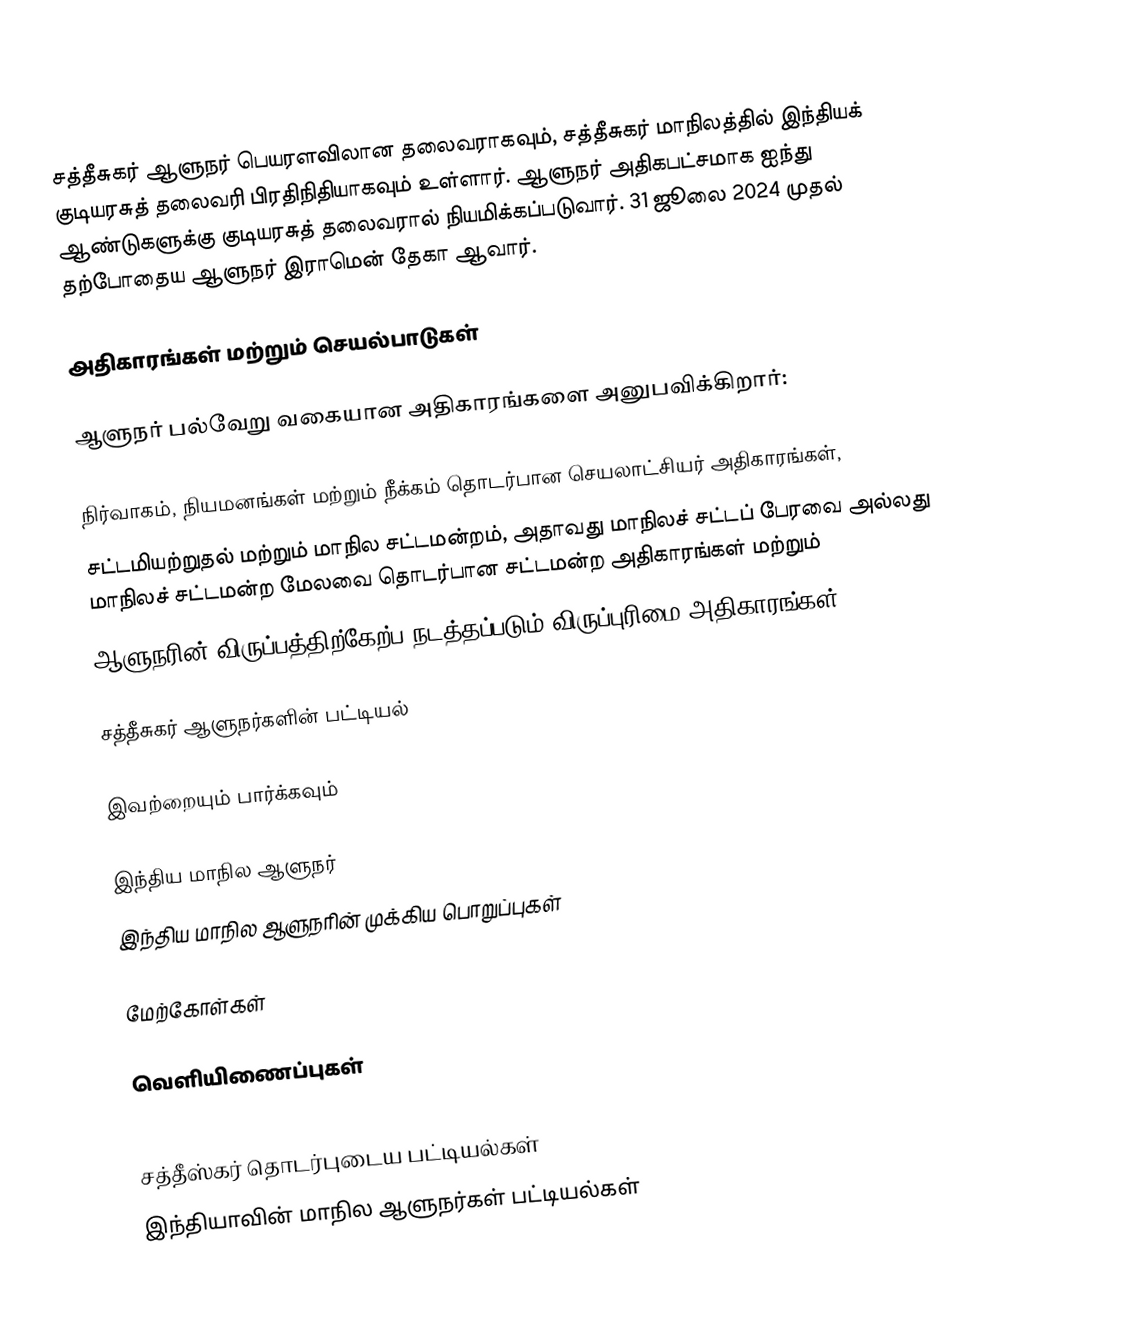
சத்தீசுகர் ஆளுநர் பெயரளவிலான தலைவராகவும், சத்தீசுகர் மாநிலத்தில் இந்தியக் குடியரசுத் தலைவரி பிரதிநிதியாகவும் உள்ளார். ஆளுநர் அதிகபட்சமாக ஐந்து ஆண்டுகளுக்கு குடியரசுத் தலைவரால் நியமிக்கப்படுவார். 31 ஜூலை 2024 முதல் தற்போதைய ஆளுநர் இராமென் தேகா ஆவார்.

அதிகாரங்கள் மற்றும் செயல்பாடுகள்

ஆளுநர் பல்வேறு வகையான அதிகாரங்களை அனுபவிக்கிறார்:

 நிர்வாகம், நியமனங்கள் மற்றும் நீக்கம் தொடர்பான செயலாட்சியர் அதிகாரங்கள்,
 சட்டமியற்றுதல் மற்றும் மாநில சட்டமன்றம், அதாவது மாநிலச் சட்டப் பேரவை அல்லது மாநிலச் சட்டமன்ற மேலவை தொடர்பான சட்டமன்ற அதிகாரங்கள் மற்றும்
 ஆளுநரின் விருப்பத்திற்கேற்ப நடத்தப்படும் விருப்புரிமை அதிகாரங்கள்.

சத்தீசுகர் ஆளுநர்களின் பட்டியல்

இவற்றையும் பார்க்கவும்

 இந்திய மாநில ஆளுநர்
 இந்திய மாநில ஆளுநரின் முக்கிய பொறுப்புகள்

மேற்கோள்கள்

வெளியிணைப்புகள்

சத்தீஸ்கர் தொடர்புடைய பட்டியல்கள்
இந்தியாவின் மாநில ஆளுநர்கள் பட்டியல்கள்